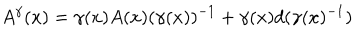
A ^ { \gamma } ( x ) = \gamma ( x ) A ( x ) ( \gamma ( x ) ) ^ { - 1 } + \gamma ( x ) d ( \gamma ( x ) ^ { - 1 } )